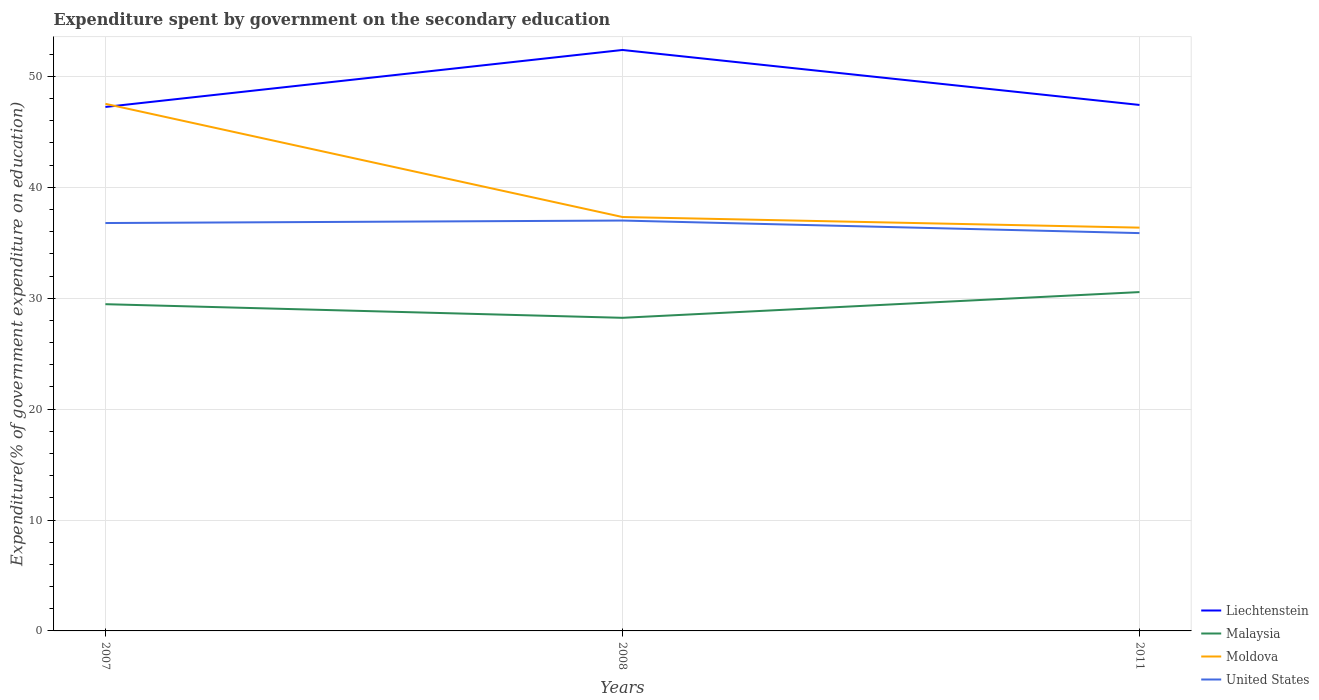
| Years | Liechtenstein | Malaysia | Moldova | United States |
 | --- | --- | --- | --- | --- |
 | 2007 | 47.2 | 29.5 | 47.5 | 36.8 |
 | 2008 | 52.4 | 28.2 | 37.3 | 37 |
 | 2011 | 47.4 | 30.6 | 36.4 | 35.9 |